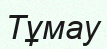
Тұмау